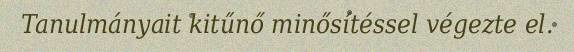
Tanulmányait kitűnő minősítéssel végezte el.